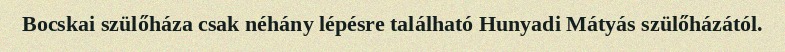
Bocskai szülőháza csak néhány lépésre található Hunyadi Mátyás szülőházától.